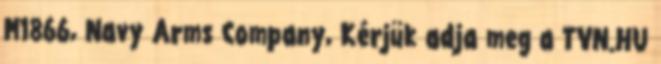
M1866, Navy Arms Company, Kérjük adja meg a TVN.HU